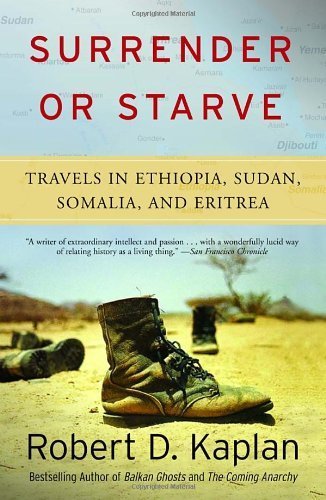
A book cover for Surrender or Starve Travels in Ethiopia, Sudan, Somalia, and Eritrea by Kaplan, Robert D. [Vintage,2003] (Paperback) Reprint Edition; Travel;